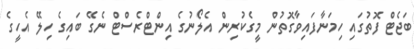
ބަޖެޓް ފޮތުގައި ހިމަނާފައިވާގޮތުން މީގެކުރިން އެލޯނުގެ އިންޓްރެސްޓް ނެގޭ ބައިގެ ހިލޭ އެހީގެ